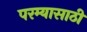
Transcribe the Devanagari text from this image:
परम्यासाठी